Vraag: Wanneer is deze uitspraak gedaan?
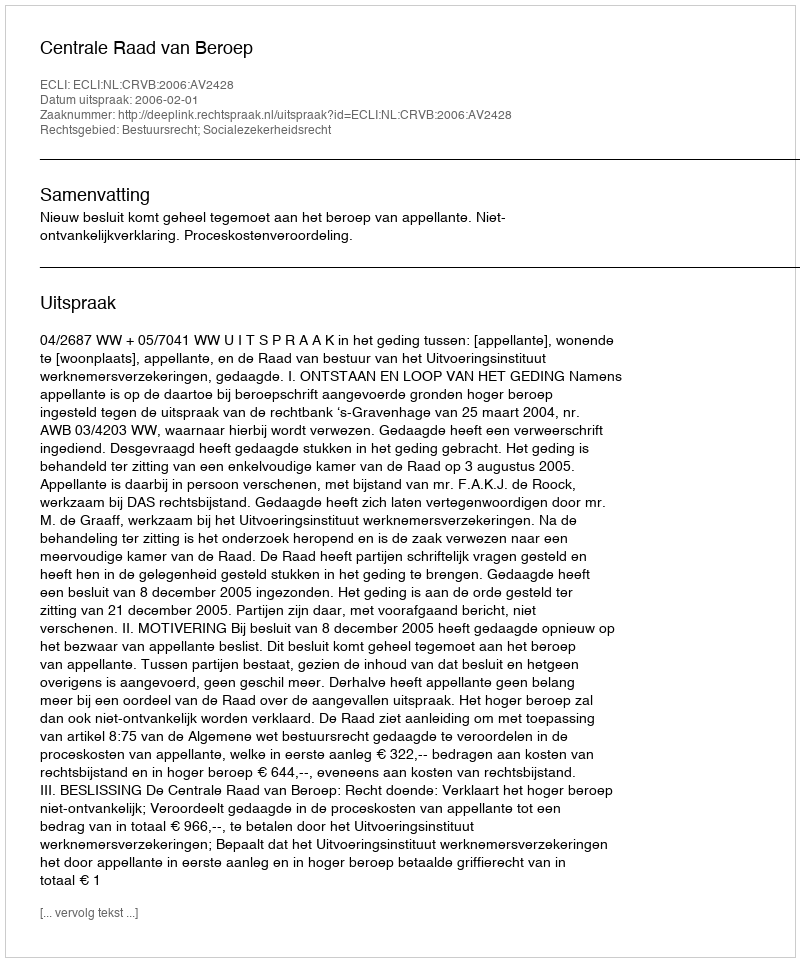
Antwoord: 2006-02-01